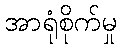
အာရုံစိုက်မှု